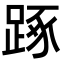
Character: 𨁿